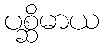
ပစ္ဆိမာယ